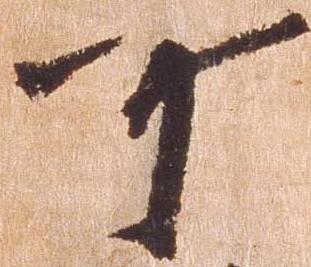
可